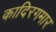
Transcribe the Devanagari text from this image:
कादिरगमार